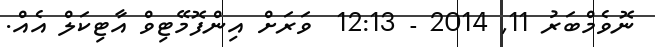
ނޮވެމްބަރު 11